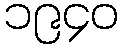
၁၉၄၀